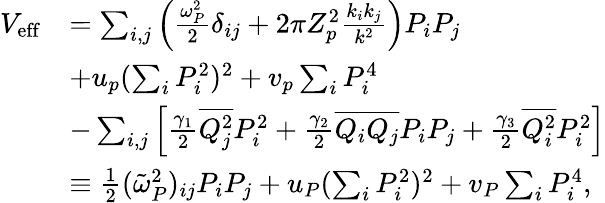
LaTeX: \begin{array}{rl}{V_{\mathrm{eff}}}&{=\sum_{i,j}\left(\frac{\omega_{P}^{2}}{2}\delta_{ij}+2\pi Z_{p}^{2}\frac{k_{i}k_{j}}{k^{2}}\right)P_{i}P_{j}}\\ &{+u_{p}(\sum_{i}P_{i}^{2})^{2}+v_{p}\sum_{i}P_{i}^{4}}\\ &{-\sum_{i,j}\left[\frac{\gamma_{1}}{2}\overline{{Q_{j}^{2}}}P_{i}^{2}+\frac{\gamma_{2}}{2}\overline{{Q_{i}Q_{j}}}P_{i}P_{j}+\frac{\gamma_{3}}{2}\overline{{Q_{i}^{2}}}P_{i}^{2}\right]}\\ &{\equiv\frac{1}{2}(\tilde{\omega}_{P}^{2})_{ij}P_{i}P_{j}+u_{P}(\sum_{i}P_{i}^{2})^{2}+v_{P}\sum_{i}P_{i}^{4},}\end{array}